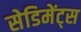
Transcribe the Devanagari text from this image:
सेडिमेंट्स